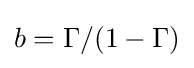
b=\Gamma /(1-\Gamma )